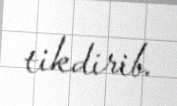
tikdirib.